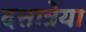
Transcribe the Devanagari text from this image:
दत्तात्रेया